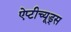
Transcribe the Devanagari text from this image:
ऐप्टीच्यूड्स